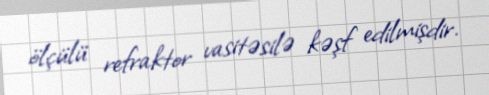
ölçülü refraktor vasitəsilə kəşf edilmişdir.